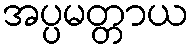
အပ္ပမတ္တာယ